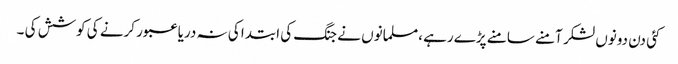
کئی دن دونوں لشکر آمنے سامنے پڑے رہے ،مسلمانوں نے جنگ کی ابتدا کی نہ دریا عبور کرنے کی کوشش کی ۔